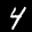
Label: 4